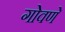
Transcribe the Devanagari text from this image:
गोवणे